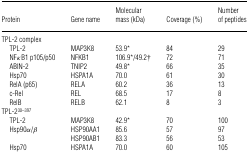
<table><thead><tr><td><b>Protein</b></td><td><b>Gene name</b></td><td><b>Molecular mass (kDa)</b></td><td><b>Coverage (%)</b></td><td><b>Number of peptides</b></td></tr></thead><tbody><tr><td>TPL-2 complex</td><td></td><td></td><td></td><td></td></tr><tr><td>TPL-2</td><td>MAP3K8</td><td>53.9*</td><td>84</td><td>29</td></tr><tr><td>NFκB1 p105/p50</td><td>NFKB1</td><td>106.9*/49.2†</td><td>72</td><td>71</td></tr><tr><td>ABIN-2</td><td>TNIP2</td><td>49.8*</td><td>66</td><td>35</td></tr><tr><td>Hsp70</td><td>HSPA1A</td><td>70.0</td><td>61</td><td>30</td></tr><tr><td>RelA (p65)</td><td>RELA</td><td>60.2</td><td>36</td><td>13</td></tr><tr><td>c-Rel</td><td>REL</td><td>68.5</td><td>17</td><td>8</td></tr><tr><td>RelB</td><td>RELB</td><td>62.1</td><td>8</td><td>3</td></tr><tr><td>TPL-2<sup>30–397</sup></td><td></td><td></td><td></td><td></td></tr><tr><td>TPL-2</td><td>MAP3K8</td><td>42.9*</td><td>70</td><td>100</td></tr><tr><td>Hsp90α/β</td><td>HSP90AA1</td><td>85.6</td><td>57</td><td>97</td></tr><tr><td></td><td>HSP90AB1</td><td>83.3</td><td>56</td><td>53</td></tr><tr><td>Hsp70</td><td>HSPA1A</td><td>70.0</td><td>60</td><td>105</td></tr></tbody></table>